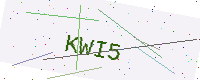
Text: KWI5